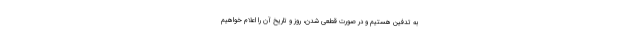
به تدفین هستیم و در صورت قطعی شدن، روز و تاریخ آن را اعلام خواهیم